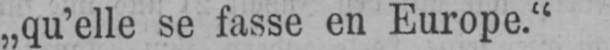
„qu’elle se fasse en Europe.“